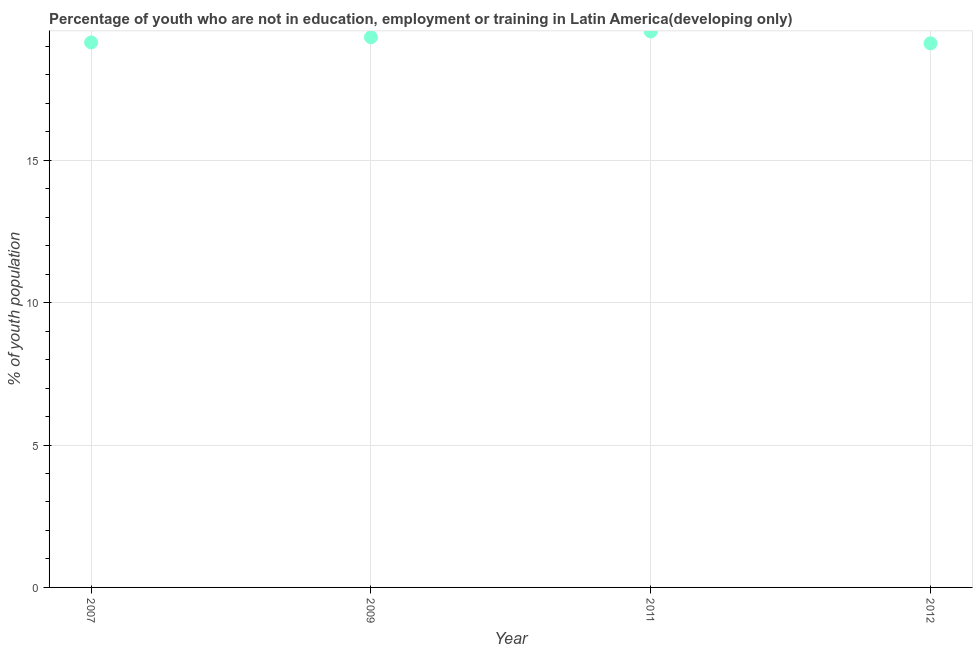
| Year | Unemployed youth |
 | --- | --- |
 | 2007 | 19.1 |
 | 2009 | 19.3 |
 | 2011 | 19.5 |
 | 2012 | 19.1 |